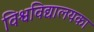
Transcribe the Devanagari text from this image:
विश्वविद्यालयका